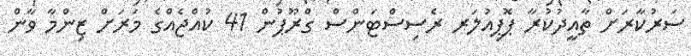
ސަރުކާރަށް ތާއީދުކުރާ ޕޮޕިއުލަރ ރެސިސްޓަންސް ގްރޫޕުން 41 ކުއްޖެއްގެ މަރަށް ޒިންމާ ވާން